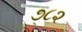
૭૮૨